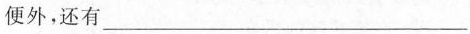
简便外，还有___